King Institute of Preventive Medicine Micro-Biological Section reports 1912-19
Year: 1912
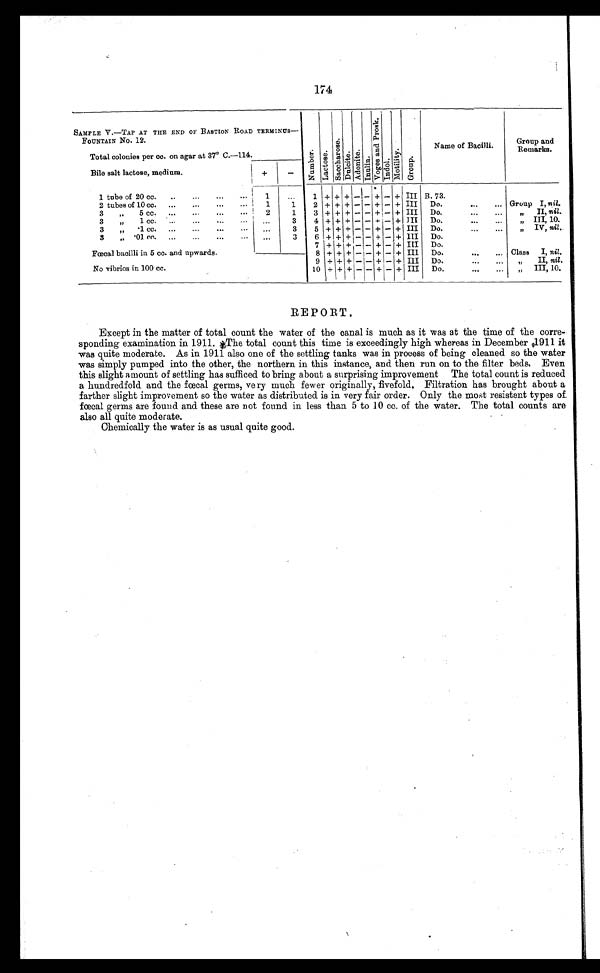
174
S SAMPLE V.—TAP AT THE END OF BASTION ROAD TERMINUS--
N u m b e r
L a c t o s e
S a c c h a r o s e
u l c i t e
A d o n i t e
I n u l i n
V o g e s a n d P r o s k
I n d o l
M o t i l i t y
Group
Name of Bacilli.
Group an and
Remarks.
FOUNTAIN No. 12.
Total colonies per cc. on agar at 37° C.-114.
Bile salt lactose, medium.
+
-
1 tube of 20 cc.
..
...
...
1 + + + - -
+
— + III B. 73.
2 tubes of 10 cc.
...
...
...
1
1 i 2 + + + - — + — + III Do.
...
... Group I, nil.
3 „ 5 cc.
...
2
1
3 + + + - - +
+ III Do....
...
II, nil.
3 „ 1 cc. ...
...
...
. . .
3
4 + + + - - +
+— + III Do....
...
,,
„ III, 10.
3 „ 1 cc. ...
...
...
... . . . . . .
3
5 + + + - - + — + III Do.
IV, nil..
3 „ 01 cc. ...
...
...
... ...
3
6 + + + - - + — + III Do.
Faecal bacilli in 5 cc. and upwards.
7 + + + - - + — + III Do.
Class I, nil.
8 + + + - — + — + II1 Do.
...
...
No vibrios in 100 cc.
9 + + + —-— + — + III Do.
II, nil.
10 + + +
- - + + III Do.
III, 10.
REPORT.
Except in the matter of total count the water of the canal is much as it was at the time of the corre-
sponding examination in 1911. *The total count this time is exceedingly high whereas in December 1911 it
was quite moderate. As in 1911 also one of the settling tanks was in process of being cleaned so the water
was simply pumped into the other, the northern in this instance, and then run on to the filter beds, Even
this slight amount of settling has sufficed to bring about a surprising improvement The total count is reduced
a hundredfold and the fœcal germs, very much fewer originally, fivefold, Filtration has brought about a
farther slight improvement so the water as distributed is in very fair order. Only the most resistant types of.
fœcal germs are found and these are not found in less than 5 to 10 cc. of the water. The total counts are
also all quite moderate.
Chemically the water is as usual quite good.